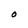
Character: O